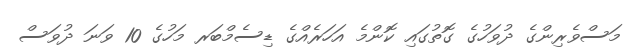
މަސްވެރިންގެ ދުވަހުގެ ގޮތުގައި ކޮންމެ އަހަރެއްގެ ޑިސެމްބަރ މަހުގެ 10 ވަނަ ދުވަސް